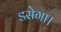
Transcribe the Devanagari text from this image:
डसेगा।